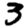
Digit: 3